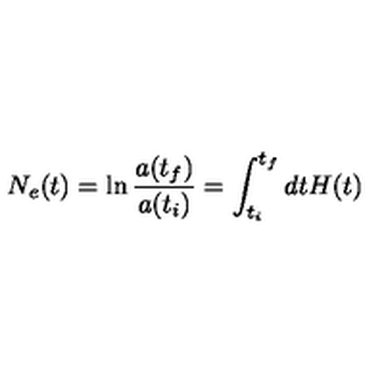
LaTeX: N _ { e } ( t ) = \ln { \frac { a ( t _ { f } ) } { a ( t _ { i } ) } } = \int _ { t _ { i } } ^ { t _ { f } } d t H ( t )